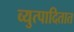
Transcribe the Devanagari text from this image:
व्युत्पादितात